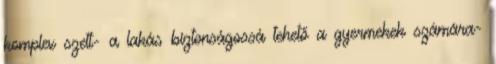
komplex szett- a lakás biztonságossá tehető a gyermekek számára-